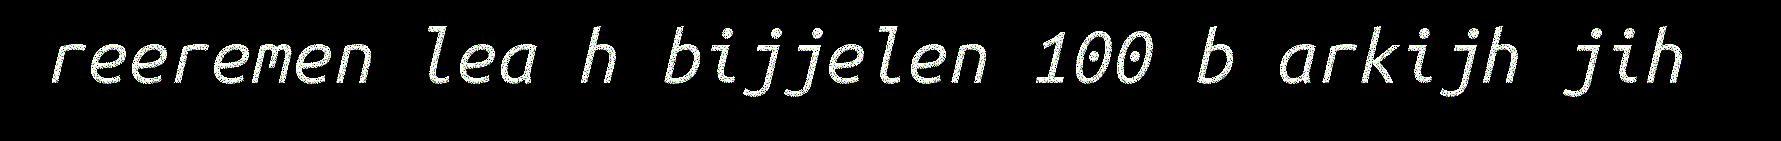
reeremen lea h bijjelen 100 b arkijh jih